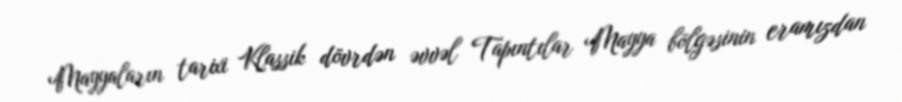
Mayyaların tarixi Klassik dövrdən əvvəl Tapıntılar Mayya bölgəsinin eramızdan